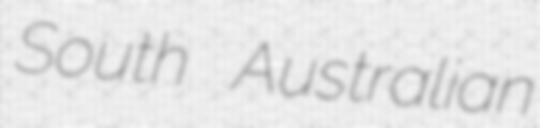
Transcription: South Australian